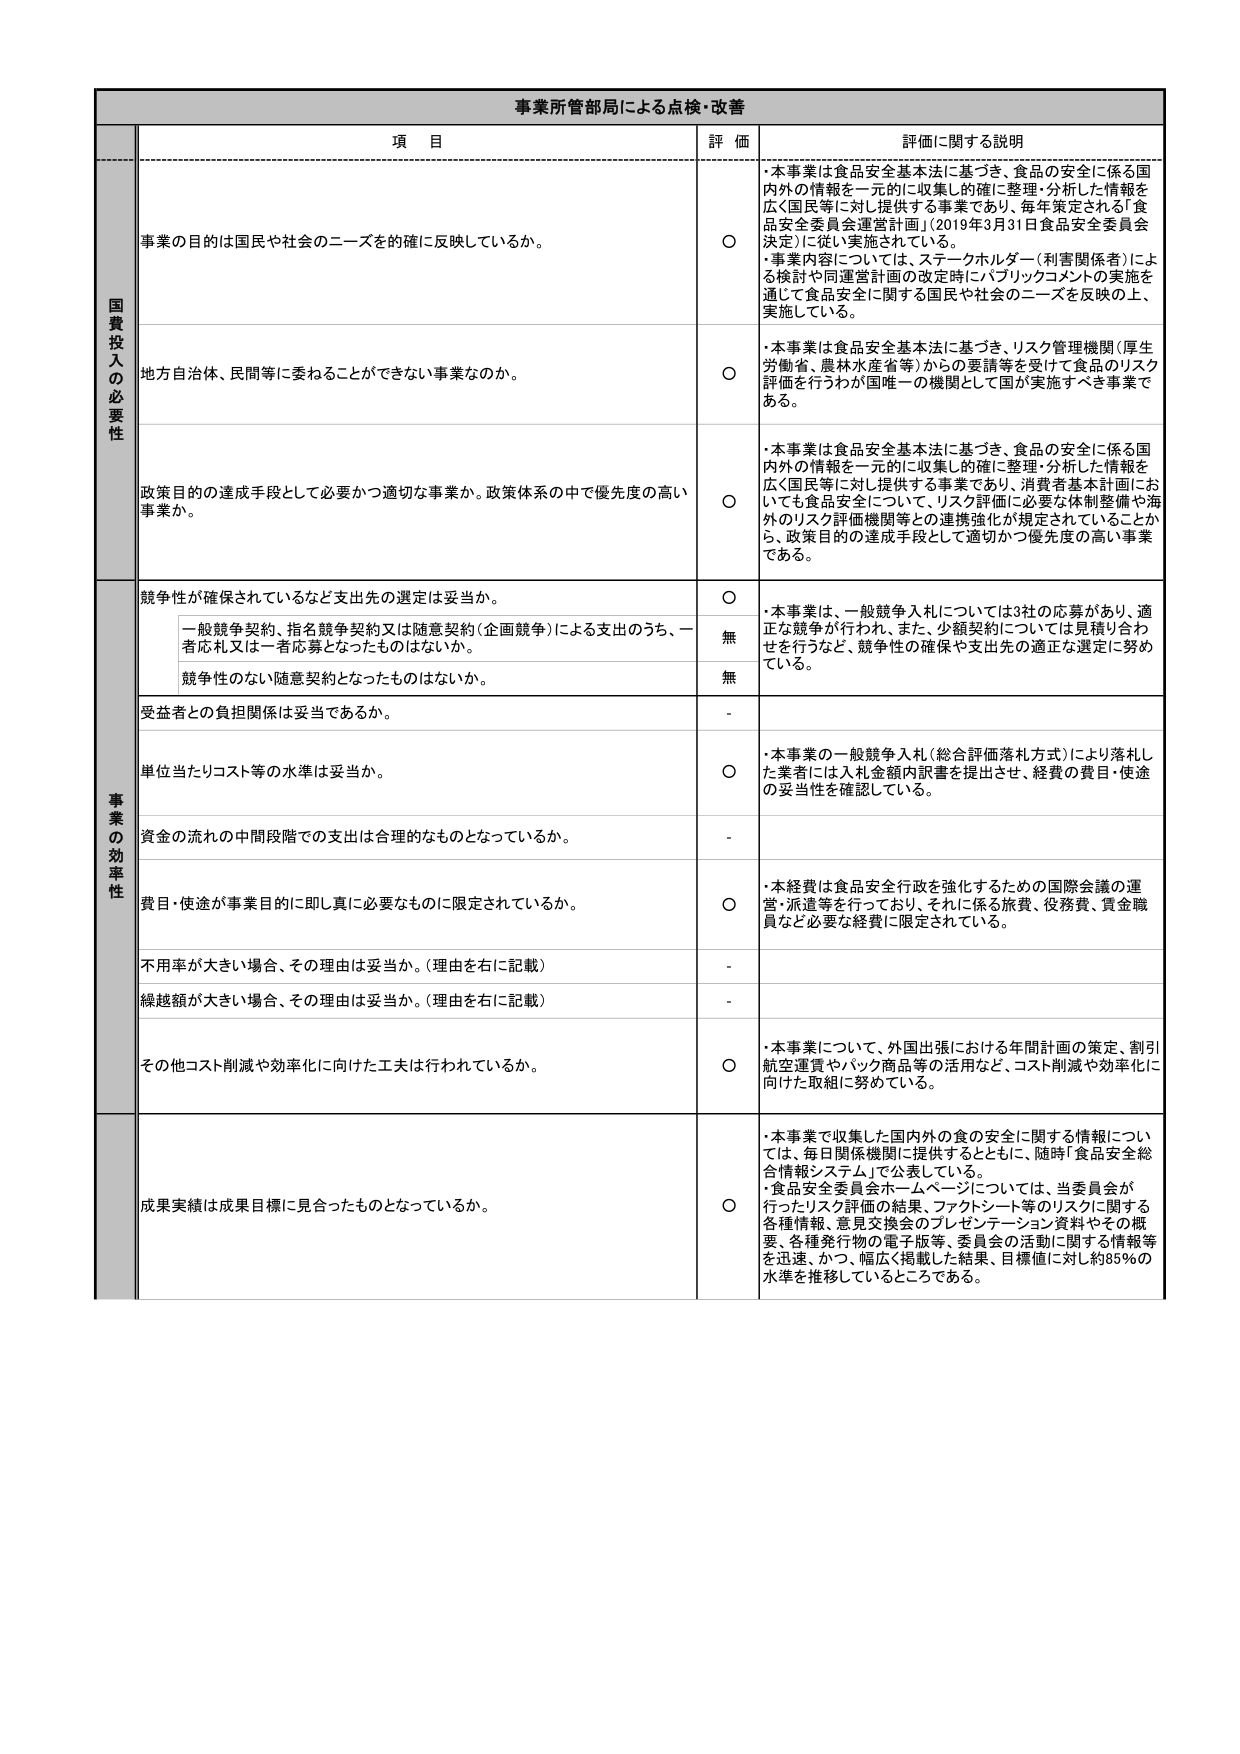
事業所管部局による点検・改善

項 目 評 価 詳細に関する説明

国費投入の必要性

事業の目的は国民や社会のニーズを確に反映しているか。
○
・本事業は食品安全基本法に基づき、食品の安全に係る国内外の情報を一元的に収集し的確に整理・分析した情報を広く国民等に対し提供する事業であり、毎年策定される「食品安全委員会運営計画」（2019年3月31日食品安全委員会決定）に従い実施されている。
・事業内容については、ステークホルダー（利害関係者）による検討や同運営計画の改定時にパブリックコメントの実施を通じて食品安全に関する国民や社会のニーズを反映の上、実施している。

地方自治体、民間等に委ねることができない事業なのか。
○
・本事業は食品安全基本法に基づき、リスク管理機関（厚生労働省、農林水産省等）からの要請等を受けて食品のリスク評価を行うわが国唯一の機関として国が実施すべき事業である。

政策目的の達成手段として必要かつ適切な事業か。政策体系の中で優先度の高い事業か。
○
・本事業は食品安全基本法に基づき、食品の安全に係る国内外の情報を一元的に収集し的確に整理・分析した情報を広く国民等に対し提供する事業であり、消費者基本計画においても食品安全について、リスク評価に必要な体制整備や海外のリスク評価機関等との連携強化が規定されていることから、政策目的の達成手段として適切かつ優先度の高い事業である。

事業の効率性

競争性が確保されているなど支出先の選定は妥当か。
○
・本事業は、一般競争入札については3社の応募があり、適正な競争が行われ、また、少額契約については見積り合わせを行うなど、競争性の確保や支出先の適正な選定に努めている。
一般競争契約、指名競争契約又は随意契約（企画競争）による支出のうち、一者応札又は一者応募となったものはないか。
無
競争性のない随意契約となったものはないか。
無

受益者との負担関係は妥当であるか。
-
単位当たりコスト等の水準は妥当か。
○
・本事業の一般競争入札（総合評価落札方式）により落札した業者には入札金額内訳書を提出させ、経費の費目・使途の妥当性を確認している。

資金の流れの中間段階での支出は合理的なものとなっているか。
-
費目・使途が事業目的に即し真に必要なものに限定されているか。
○
・本経費は食品安全行政を強化するための国際会議の運営・派遣等を行っており、それに係る旅費、役務費、賃金職員など必要な経費に限定されている。

不用率が大きい場合、その理由は妥当か。（理由を右に記載）
-
繰越額が大きい場合、その理由は妥当か。（理由を右に記載）
-
その他コスト削減や効率化に向けた工夫は行われているか。
○
・本事業について、外国出張における年間計画の策定、割引航空運賃やパック商品等の活用など、コスト削減や効率化に向けた取組に努めている。

成果実績は成果目標に見合ったものとなっているか。
○
・本事業で収集した国内外の食の安全に関する情報については、毎日関係機関に提供するとともに、随時「食品安全総合情報システム」で公表している。
・食品安全委員会ホームページについては、当委員会が行ったリスク評価の結果、ファクトシート等のリスクに関する各種情報、意見交換会のプレゼンテーション資料やその概要、各種発行物の電子版等、委員会の活動に関する情報を迅速、かつ、幅広く掲載した結果、目標値に対し約85％の水準を推移しているところである。